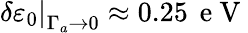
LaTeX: \left.\delta\varepsilon_{0}\right\vert_{\Gamma_{a}\to 0}\approx 0.25\, \mathrm{~e~V~}